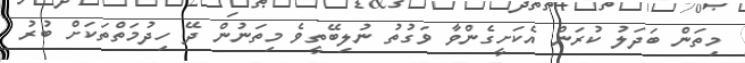
މިތަން ބަދަލު ކުރަން އެކަށީގެންވާ ވަގުތު ނުލިބޭތީވެ މިތަނުން ދޭ ހިދުމަތްތަކަށް ބުރު